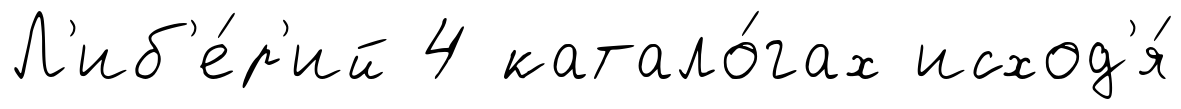
Л'иб'е́р'ий 4 катало́гах исход'я́